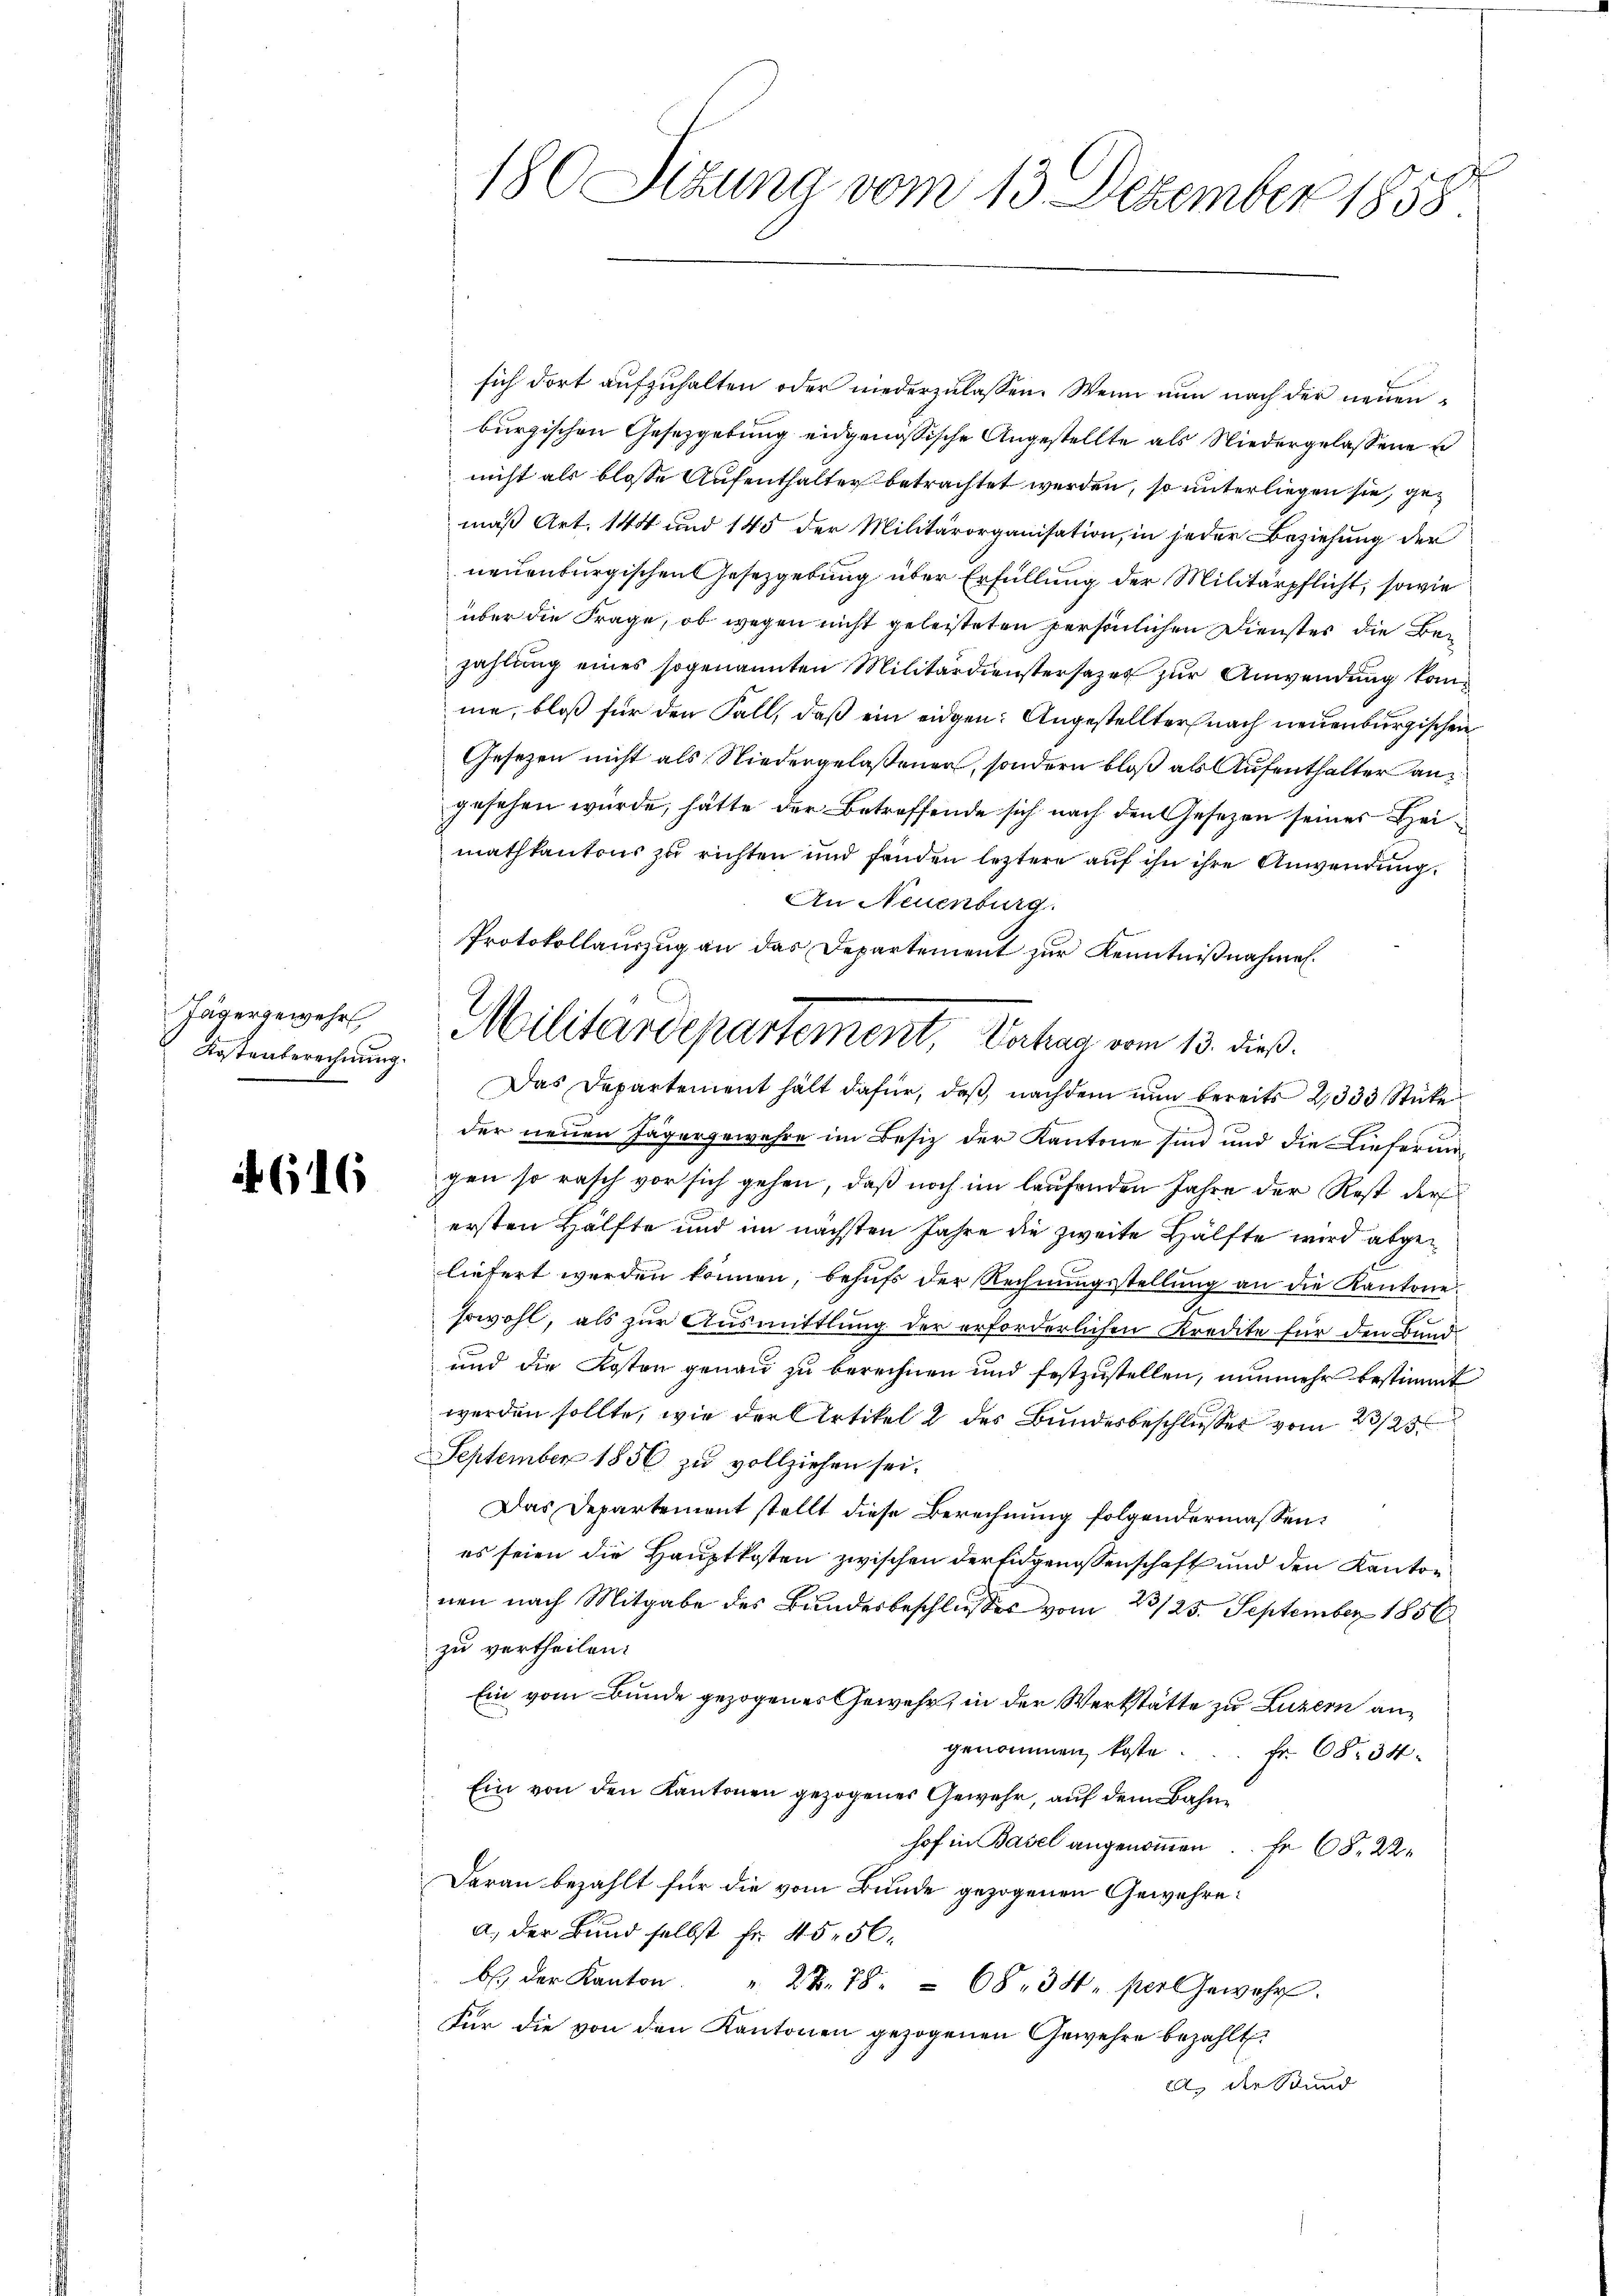
Jägergewehr
Kostenberechnung.

616

sich dort aufzuhalten oder niederzulassen. Wenn nun nach der neuenburgischen Gesetzgebung eidgenössische Angestellte als Niedergelassene
nicht als blosse Aufenthalter betrachtet werden, so unterliegen sie, gemäß Art. 140 und 145 der Militärorganisation, in jeder Beziehung der
neuenburgischen Gesetzgebung über Erfüllung der Militärpflicht, sowie
über die Frage, ob wegen nicht geleisteten persönlichen Dienstes die Bezahlung eines sogenannten Militärdienstersazer zur Anwendung komme, bloß für den Fall, daß ein eidgen: Angestellter nach neuenburgischen
Gesezen nicht als Niedergelaßenen, sondern bloß als Aufenthalter angesehen wurde, hätte der Betreffende sich nach den Gesezen seines Heimathkantons zu richten und fanden leztere auf ihn ihre Anwendung.
An Neuenburg.
Das Departement hält dafür, daß nachdem nun bereits 2333 Stücke
der neuen Jägergewahre im Besiz der Kantone sind und die Lieferungen so rasch vor sich gehen, daß noch im laufenden Jahre der Rest der
ersten Hälfte und im nächsten Jahre die zweite Hälfte wird abgeliefert werden können, behŭfs der Rechnŭngsstellŭng an die Kantone.
sowohl, als zur Ausmittlung der erforderlichen Kredite für den Bund
und die Kosten genau zu berechnen und festzustellen, nunmehr bestimmt
werden sollte, wie der Artikel 2 des Bundesbeschlusses vom 23/23
September 1856 zu vollziehen sei.
Das Departement stellt diese Berechnung folgendermassen:
es seien die Hauptkosten zwischen der Eidgenossenschaft und den Kanton
nen nach Mitgabe des Bundesbeschlusses vom 23/25. September 1856
zu vertheilen.
Ein vom Bunde gezogenes Gewehr, in der Werkstätte zu Luzern angenommen koste. Fr. 68. 34
Ein von den Kantonen gezogenes Gewehr, auf dem Bahnhof in Basel angenommen. Er 68. 22.
Daran bezahlt für die vom Bunde gezogenen Gewehrea. Der Bund selbst fr. 4556.
b der Kanton. " 22. 78. 68, 34 per Gewehr.
Für die von den Kantonen gezogenen Gewehre bezahlt.
a. der Stund

180 Situng vom 13. Dezember 1858

Protokollauszug an das Departement zur Kenntnißnahmen.
Militärdepartement, Vertrag vom 13. dieß.